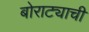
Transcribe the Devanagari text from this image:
बोराट्याची